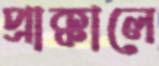
প্রাক্কালে